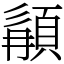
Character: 䫇